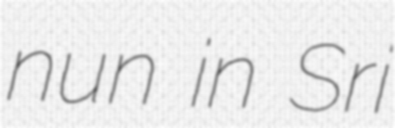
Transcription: nun in Sri